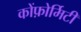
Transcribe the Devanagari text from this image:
कोंफ़ोर्मिटी